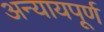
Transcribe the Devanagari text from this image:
अन्‍यायपूर्ण